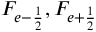
F _ { e - \frac { 1 } { 2 } } , F _ { e + \frac { 1 } { 2 } }